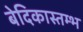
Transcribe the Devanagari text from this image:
बेदिकास्तम्भ